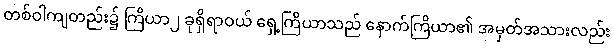
တစ်ဝါကျတည်း၌ ကြိယာ၂ ခုရှိရာဝယ် ရှေ့ကြိယာသည် နောက်ကြိယာ၏ အမှတ်အသားလည်း